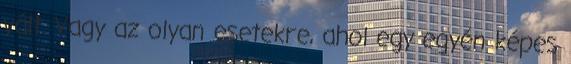
vált. Vagy az olyan esetekre, ahol egy egyén képes